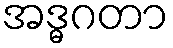
အဒ္ဓဂတာ